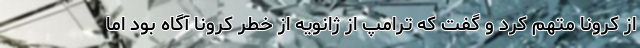
از کرونا متهم کرد و گفت که ترامپ از ژانویه از خطر کرونا آگاه بود اما